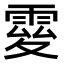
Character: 𩃃